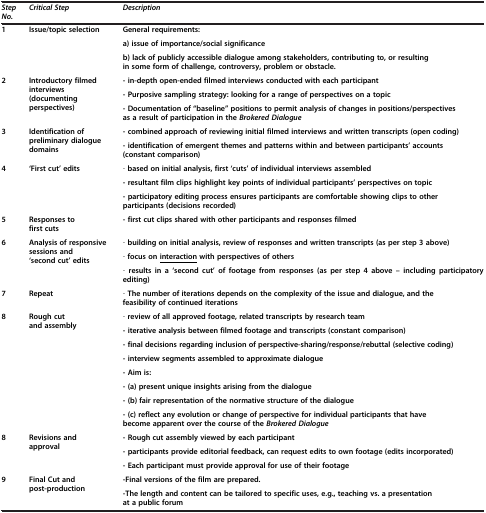
<table><thead><tr><td><b><i>Step No.</i></b></td><td><b><i>Critical Step</i></b></td><td><b><i>Description</i></b></td></tr></thead><tbody><tr><td rowspan="3"><b>1</b></td><td rowspan="3"><b>Issue/topic selection</b></td><td><b>General requirements:</b></td></tr><tr><td><b>a) issue of importance/social significance</b></td></tr><tr><td><b>b) lack of publicly accessible dialogue among stakeholders, contributing to, or resulting in some form of challenge, controversy, problem or obstacle.</b></td></tr><tr><td rowspan="3"><b>2</b></td><td rowspan="3"><b>Introductory filmed interviews (documenting perspectives)</b></td><td><b>- in-depth open-ended filmed interviews conducted with each participant</b></td></tr><tr><td><b>- Purposive sampling strategy: looking for a range of perspectives on a topic</b></td></tr><tr><td><b>- Documentation of “baseline” positions to permit analysis of changes in positions/perspectives as a result of participation in the</b><b><i>Brokered Dialogue</i></b></td></tr><tr><td rowspan="2"><b>3</b></td><td rowspan="2"><b>Identification of preliminary dialogue domains</b></td><td><b>- combined approach of reviewing initial filmed interviews and written transcripts (open coding)</b></td></tr><tr><td><b>- identification of emergent themes and patterns within and between participants’ accounts (constant comparison)</b></td></tr><tr><td rowspan="3"><b>4</b></td><td rowspan="3"><b>‘First cut’ edits</b></td><td>- <b>based on initial analysis, first ‘cuts’ of individual interviews assembled</b></td></tr><tr><td><b>- resultant film clips highlight key points of individual participants’ perspectives on topic</b></td></tr><tr><td><b>- participatory editing process ensures participants are comfortable showing clips to other participants (decisions recorded)</b></td></tr><tr><td><b>5</b></td><td><b>Responses to first cuts</b></td><td><b>- first cut clips shared with other participants and responses filmed</b></td></tr><tr><td rowspan="3"><b>6</b></td><td rowspan="3"><b>Analysis of responsive sessions and ‘second cut’ edits</b></td><td>- <b>building on initial analysis, review of responses and written transcripts (as per step 3 above)</b></td></tr><tr><td>- <b>focus on</b><b><underline>interaction</underline></b><b>with perspectives of others</b></td></tr><tr><td>- <b>results in a ‘second cut’ of footage from responses (as per step 4 above – including participatory editing)</b></td></tr><tr><td><b>7</b></td><td><b>Repeat</b></td><td>- <b>The number of iterations depends on the complexity of the issue and dialogue, and the feasibility of continued iterations</b></td></tr><tr><td rowspan="8"><b>8</b></td><td rowspan="8"><b>Rough cut and assembly</b></td><td>- <b>review of all approved footage, related transcripts by research team</b></td></tr><tr><td><b>- iterative analysis between filmed footage and transcripts (constant comparison)</b></td></tr><tr><td><b>- final decisions regarding inclusion of perspective-sharing/response/rebuttal (selective coding)</b></td></tr><tr><td><b>- interview segments assembled to approximate dialogue</b></td></tr><tr><td><b>- Aim is:</b></td></tr><tr><td><b>- (a) present unique insights arising from the dialogue</b></td></tr><tr><td><b>- (b) fair representation of the normative structure of the dialogue</b></td></tr><tr><td><b>- (c) reflect any evolution or change of perspective for individual participants that have become apparent over the course of the</b><b><i>Brokered Dialogue</i></b></td></tr><tr><td rowspan="3"><b>8</b></td><td rowspan="3"><b>Revisions and approval</b></td><td><b>- Rough cut assembly viewed by each participant</b></td></tr><tr><td><b>- participants provide editorial feedback, can request edits to own footage (edits incorporated)</b></td></tr><tr><td><b>- Each participant must provide approval for use of their footage</b></td></tr><tr><td><b>9</b></td><td><b>Final Cut and post-production</b></td><td><b>-Final versions of the film are prepared.</b></td></tr><tr><td> </td><td> </td><td><b>-The length and content can be tailored to specific uses, e.g., teaching vs. a presentation at a public forum</b></td></tr></tbody></table>